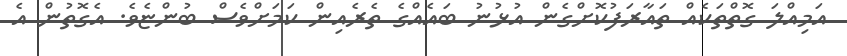
އަމިއްލަ ގޮތްތަކެއް ތައާރަފުކޮށްގެން އުޅުނު ބައެއްގެ ތެރެއިން ކަމަށްވެސް ބުންޏެވެ. އެގޮތުން އެ